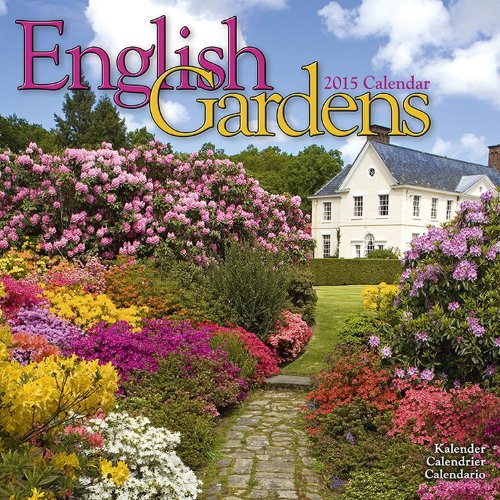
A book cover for English Gardens Calendar - 2015 Wall calendars - Garden Calendars - Flower Calendar - Monthly Wall Calendar by Avonside; MegaCalendars; Calendars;